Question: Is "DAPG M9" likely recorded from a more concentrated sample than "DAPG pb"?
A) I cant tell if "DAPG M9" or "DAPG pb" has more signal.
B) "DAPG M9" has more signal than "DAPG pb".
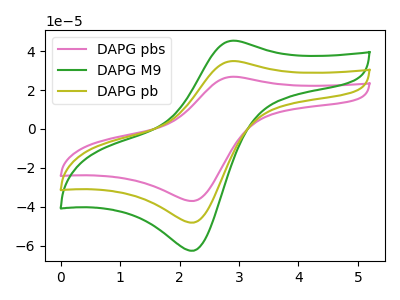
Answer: <think>The pink curve "DAPG pbs" has an anodic peak at (2.90V, 69.75uA) and a cathodic peak at (2.25V, -96.15uA). The green curve "DAPG M9" has an anodic peak at (2.90V, 45.35uA) and a cathodic peak at (2.25V, -62.50uA). The olive curve "DAPG pb" has an anodic peak at (2.90V, 34.85uA) and a cathodic peak at (2.25V, -48.10uA).
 All the peaks in "DAPG M9" have a peak in "DAPG pb" at the same potential. Every peak in "DAPG M9" is higher than every peak in "DAPG pb".</think>
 <answer>B) "DAPG M9" has more signal than "DAPG pb".</answer>
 <eval>B</eval>